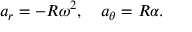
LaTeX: a _ { r } = - R \omega ^ { 2 } , \quad a _ { \theta } = R \alpha .